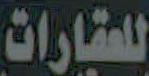
العقارات